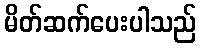
မိတ်ဆက်ပေးပါသည်